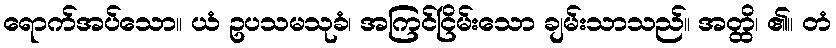
ရောက်အပ်သော။ ယံ ဥပသမသုခံ၊ အကြင်ငြိမ်းသော ချမ်းသာသည်။ အတ္ထိ၊ ၏။ တံ